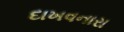
દાખવનારા